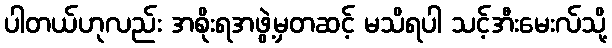
ပါတယ်ဟုလည်း အစိုးရအဖွဲ့မှတဆင့် မသိရပါ သင့်အီးမေးလ်သို့